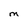
Character: m